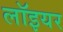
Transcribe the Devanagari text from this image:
लॉइयर